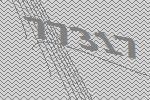
77317